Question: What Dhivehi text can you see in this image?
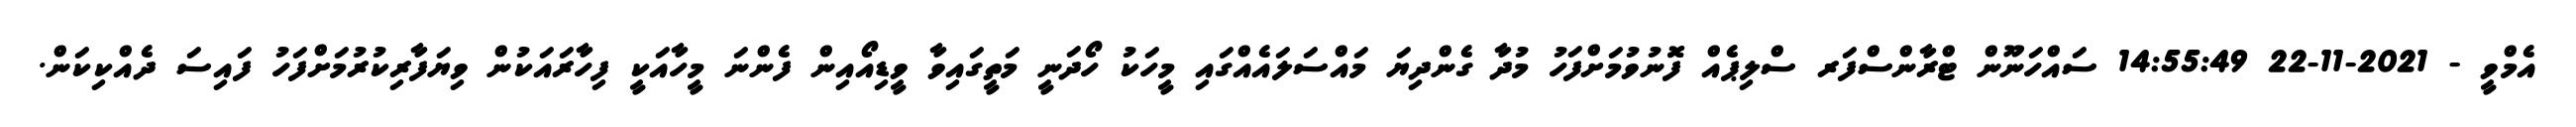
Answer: އެމްވީ - 2021-11-22 14:55:49 ސައްހަނޫން ޓްރާންސްފަރ ސްލިޕެއް ފޮނުވުމަށްފަހު މުދާ ގެންދިޔަ މައްސަލައެއްގައި މީހަކު ހޯދަނީ މަތީގައިވާ ވީޑިއޯއިން ފެންނަ މީހާއަކީ ފިހާރައަކުން ވިޔަފާރިކުރުމަށްފަހު ފައިސަ ދެއްކިކަން.